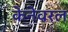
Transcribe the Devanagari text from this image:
केनेवरल